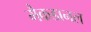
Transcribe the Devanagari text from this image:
मैकडानल